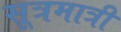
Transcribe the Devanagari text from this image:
सूत्रमात्री